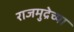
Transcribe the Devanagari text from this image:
राजमुद्रेच्या